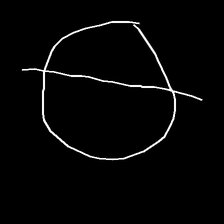
Glyph: orb